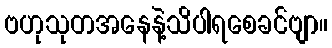
ဗဟုသုတအနေနဲ့သိပါရစေခင်ဗျာ။